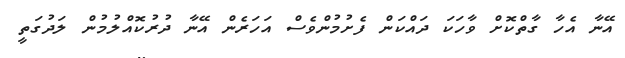
އޭނާ އެހާ ގާތްކޮށް ވާހަކަ ދައްކަން ފެށުމުންވެސް އަހަރެން އޭނާ ދުރުކޮއްލުމުން ލަދުގަތީ